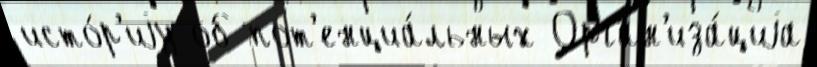
исто́р'иjу об пот'енциа́льных Орган'иза́циjа